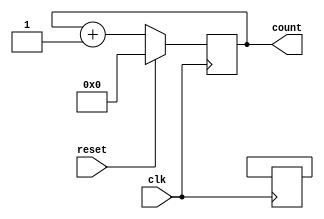
module sync_counter(input clk, reset,
                    output reg [5:0] count);

  reg [4:0] j, k;

  always @(posedge clk) begin
    if (reset)
      count <= 6'b000000;
    else begin
      j <= count[4:0];
      k <= ~j;
      count <= count + 6'b000001;
    end
  end

  always @(* ) begin
    j = count[4:0];
    k = ~j;
  end

endmodule